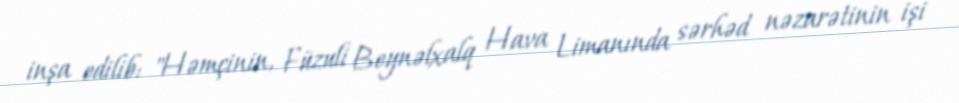
inşa edilib: "Həmçinin, Füzuli Beynəlxalq Hava Limanında sərhəd nəzarətinin işi